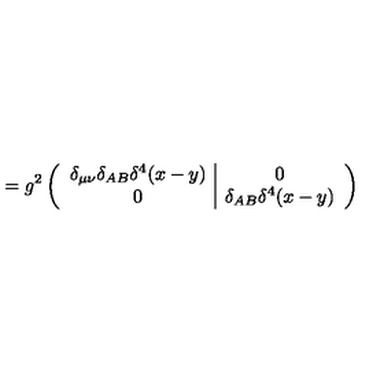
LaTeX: = g ^ { 2 } \left( \begin{array} { c | c } { \delta _ { \mu \nu } \delta _ { A B } \delta ^ { 4 } ( x - y ) } & { 0 } \\ { 0 } & { \delta _ { A B } \delta ^ { 4 } ( x - y ) } \\ \end{array} \right)